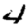
Digit: 4